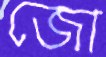
জো